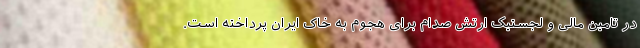
در تامین مالی و لجستیک ارتش صدام برای هجوم به خاک ایران پرداخته است.